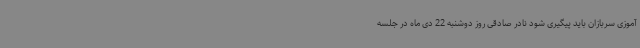
آموزی سربازان باید پیگیری شود نادر صادقی روز دوشنبه 22 دی ماه در جلسه